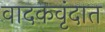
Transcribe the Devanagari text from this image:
वादकवृंदात